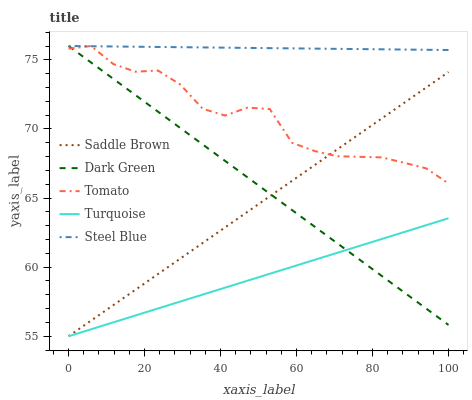
| xaxis_label | Saddle Brown | Dark Green | Tomato | Turquoise | Steel Blue |
 | --- | --- | --- | --- | --- | --- |
 | 0 | 55 | 76 | 75.8 | 55 | 76 |
 | 5.88 | 56.1 | 74.8 | 76 | 55.5 | 76 |
 | 11.8 | 57.2 | 73.6 | 74.7 | 56 | 76 |
 | 17.6 | 58.4 | 72.4 | 74.1 | 56.5 | 75.9 |
 | 23.5 | 59.5 | 71.3 | 74.2 | 57 | 75.9 |
 | 29.4 | 60.6 | 70.1 | 73.2 | 57.5 | 75.9 |
 | 35.3 | 61.7 | 68.9 | 71.5 | 58 | 75.9 |
 | 41.2 | 62.9 | 67.7 | 71 | 58.5 | 75.9 |
 | 47.1 | 64 | 66.5 | 71.5 | 59 | 75.9 |
 | 52.9 | 65.1 | 65.3 | 71.4 | 59.5 | 75.8 |
 | 58.8 | 66.2 | 64.1 | 69 | 60 | 75.8 |
 | 64.7 | 67.4 | 62.9 | 68.4 | 60.5 | 75.8 |
 | 70.6 | 68.5 | 61.8 | 68 | 61 | 75.8 |
 | 76.5 | 69.6 | 60.6 | 68 | 61.5 | 75.8 |
 | 82.4 | 70.7 | 59.4 | 67.9 | 62 | 75.8 |
 | 88.2 | 71.9 | 58.2 | 67.6 | 62.5 | 75.7 |
 | 94.1 | 73 | 57 | 67.1 | 63 | 75.7 |
 | 100 | 74.1 | 55.8 | 66.1 | 63.5 | 75.7 |